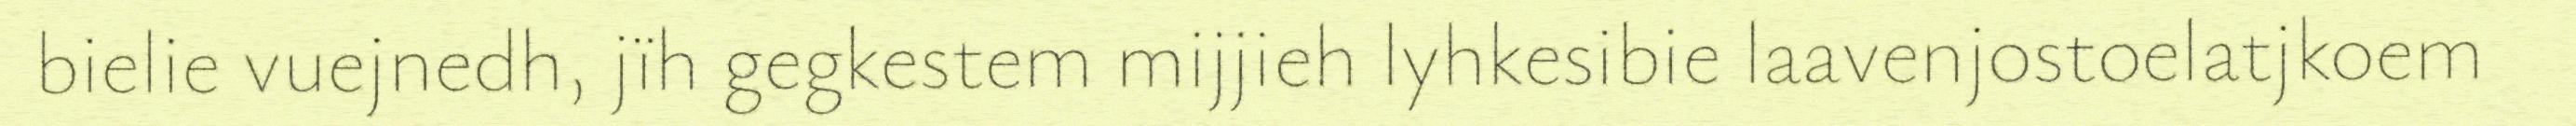
bielie vuejnedh, jïh gegkestem mijjieh lyhkesibie laavenjostoelatjkoem